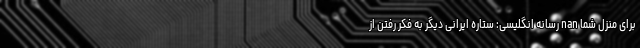
برای منزل شما nan رسانه انگلیسی: ستاره ایرانی دیگر به فکر رفتن از